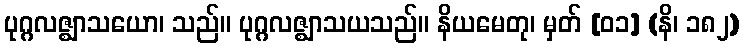
ပုဂ္ဂလဇ္ဈာသယော၊ သည်။ ပုဂ္ဂလဇ္ဈာသယသည်။ နိယမေတု၊ မှတ် [၀၁] (နိ၊ ၁၈၂)